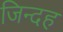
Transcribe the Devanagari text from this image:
जिन्दह